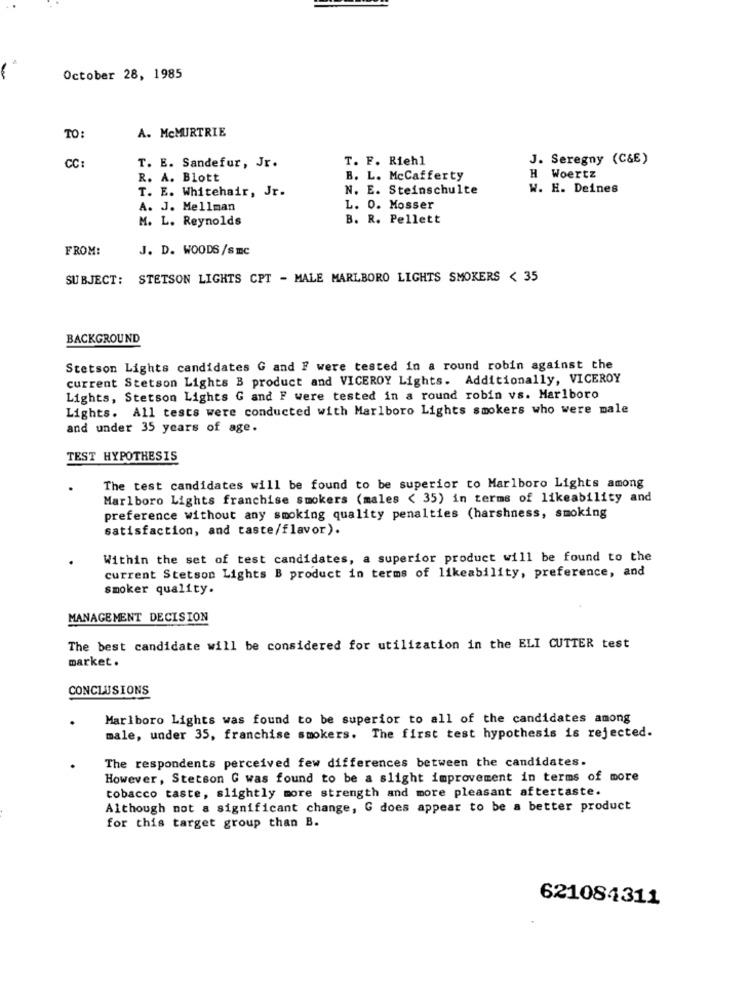
October 28, 1985
A. McMUIRTRIE
TO:
CC:
T. F. Riehl
J. Seregny (C&E)
T. E. Sandefur, Jr.
R. A. Blott
B. L. McCafferty
H Woertz
T. E. Whitehair, Jr.
N. E. Steinschulte
W. H. Deines
A. J. Mellman
L. 0. Mosser
M. L. Reynolds
B. R. Pellett
FROM:
J. D. WOODS/smc
SUBJECT: STETSON LIGHTS CPT - MALE MARLBORO LIGHTS SMOKERS < 35
BACKGROUND
Stetson Lights candidates G and F were tested in a round robin against the
current Stetson Lights B product and VICEROY Lights. Additionally, VICEROY
Lights, Stetson Lights G and F were tested in a round robin vs. Marlboro
Lights. All tests were conducted with Marlboro Lights smokers who were male
and under 35 years of age.
TEST HYPOTHESIS
The test candidates will be found to be superior to Marlboro Lights among
Marlboro Lights franchise smokers (males < 35) in terms of likeability and
preference without any smoking quality penalties (harshness, smoking
satisfaction, and taste/flavor).
Within the set of test candidates, a superior product will be found to the
current Stetson Lights B product in terms of likeability, preference, and
smoker quality.
MANAGEMENT DECISION
The best candidate will be considered for utilization in the ELI CUTTER test
market .
CONCLUSIONS
Marlboro Lights was found to be superior to all of the candidates among
male, under 35, franchise smokers. The first test hypothesis is rejected.
The respondents perceived few differences between the candidates.
However, Stetson G was found to be a slight improvement in terms of more
tobacco taste, slightly more strength and more pleasant aftertaste.
Although not a significant change, G does appear to be a better product
for this target group than B.
621084311